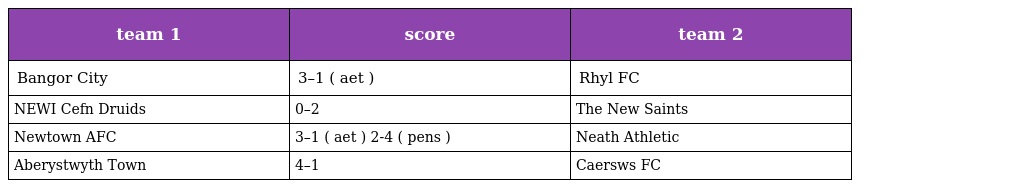
| team 1 | score | team 2 |
 | --- | --- | --- |
 | Bangor City | 3–1 ( aet ) | Rhyl FC |
 | NEWI Cefn Druids | 0–2 | The New Saints |
 | Newtown AFC | 3–1 ( aet ) 2-4 ( pens ) | Neath Athletic |
 | Aberystwyth Town | 4–1 | Caersws FC |